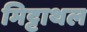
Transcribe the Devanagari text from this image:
मिट्टाथल